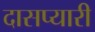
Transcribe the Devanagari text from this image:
दासप्यारी